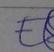
Signature authenticity: genuine